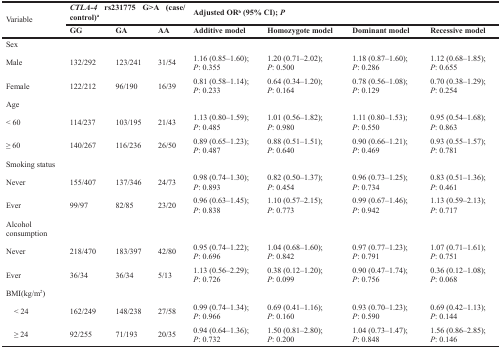
<table><thead><tr><td rowspan="2"><b>Variable</b></td><td colspan="3"><b><i>CTLA-4</i> rs231775 G&gt;A (case/control)<sup>a</sup></b></td><td colspan="4"><b>Adjusted OR<sup>b</sup> (95% CI); <i>P</i></b></td></tr><tr><td><b>GG</b></td><td><b>GA</b></td><td><b>AA</b></td><td><b>Additive model</b></td><td><b>Homozygote model</b></td><td><b>Dominant model</b></td><td><b>Recessive model</b></td></tr></thead><tbody><tr><td>Sex</td><td>[EMPTY_CELL]</td><td>[EMPTY_CELL]</td><td>[EMPTY_CELL]</td><td>[EMPTY_CELL]</td><td>[EMPTY_CELL]</td><td>[EMPTY_CELL]</td><td>[EMPTY_CELL]</td></tr><tr><td>Male</td><td>132/292</td><td>123/241</td><td>31/54</td><td>1.16 (0.85–1.60); <i>P</i>: 0.355</td><td>1.20 (0.71–2.02); <i>P</i>: 0.500</td><td>1.18 (0.87–1.60); <i>P</i>: 0.286</td><td>1.12 (0.68–1.85); <i>P</i>: 0.655</td></tr><tr><td>Female</td><td>122/212</td><td>96/190</td><td>16/39</td><td>0.81 (0.58–1.14); <i>P</i>: 0.233</td><td>0.64 (0.34–1.20); <i>P</i>: 0.164</td><td>0.78 (0.56–1.08); <i>P</i>: 0.129</td><td>0.70 (0.38–1.29); <i>P</i>: 0.254</td></tr><tr><td>Age</td><td>[EMPTY_CELL]</td><td>[EMPTY_CELL]</td><td>[EMPTY_CELL]</td><td>[EMPTY_CELL]</td><td>[EMPTY_CELL]</td><td>[EMPTY_CELL]</td><td>[EMPTY_CELL]</td></tr><tr><td>&lt; 60</td><td>114/237</td><td>103/195</td><td>21/43</td><td>1.13 (0.80–1.59); <i>P</i>: 0.485</td><td>1.01 (0.56–1.82); <i>P</i>: 0.980</td><td>1.11 (0.80–1.53); <i>P</i>: 0.550</td><td>0.95 (0.54–1.68); <i>P</i>: 0.863</td></tr><tr><td>≥ 60</td><td>140/267</td><td>116/236</td><td>26/50</td><td>0.89 (0.65–1.23); <i>P</i>: 0.487</td><td>0.88 (0.51–1.51); <i>P</i>: 0.640</td><td>0.90 (0.66–1.21); <i>P</i>: 0.469</td><td>0.93 (0.55–1.57); <i>P</i>: 0.781</td></tr><tr><td>Smoking status</td><td>[EMPTY_CELL]</td><td>[EMPTY_CELL]</td><td>[EMPTY_CELL]</td><td>[EMPTY_CELL]</td><td>[EMPTY_CELL]</td><td>[EMPTY_CELL]</td><td>[EMPTY_CELL]</td></tr><tr><td>Never</td><td>155/407</td><td>137/346</td><td>24/73</td><td>0.98 (0.74–1.30); <i>P</i>: 0.893</td><td>0.82 (0.50–1.37); <i>P</i>: 0.454</td><td>0.96 (0.73–1.25); <i>P</i>: 0.734</td><td>0.83 (0.51–1.36); <i>P</i>: 0.461</td></tr><tr><td>Ever</td><td>99/97</td><td>82/85</td><td>23/20</td><td>0.96 (0.63–1.45); <i>P</i>: 0.838</td><td>1.10 (0.57–2.15); <i>P</i>: 0.773</td><td>0.99 (0.67–1.46); <i>P</i>: 0.942</td><td>1.13 (0.59–2.13); <i>P</i>: 0.717</td></tr><tr><td>Alcohol consumption</td><td>[EMPTY_CELL]</td><td>[EMPTY_CELL]</td><td>[EMPTY_CELL]</td><td>[EMPTY_CELL]</td><td>[EMPTY_CELL]</td><td>[EMPTY_CELL]</td><td>[EMPTY_CELL]</td></tr><tr><td>Never</td><td>218/470</td><td>183/397</td><td>42/80</td><td>0.95 (0.74–1.22); <i>P</i>: 0.696</td><td>1.04 (0.68–1.60); <i>P</i>: 0.842</td><td>0.97 (0.77–1.23); <i>P</i>: 0.791</td><td>1.07 (0.71–1.61); <i>P</i>: 0.751</td></tr><tr><td>Ever</td><td>36/34</td><td>36/34</td><td>5/13</td><td>1.13 (0.56–2.29); <i>P</i>: 0.726</td><td>0.38 (0.12–1.20); <i>P</i>: 0.099</td><td>0.90 (0.47–1.74); <i>P</i>: 0.756</td><td>0.36 (0.12–1.08); <i>P</i>: 0.068</td></tr><tr><td>BMI(kg/m<sup>2</sup>)</td><td>[EMPTY_CELL]</td><td>[EMPTY_CELL]</td><td>[EMPTY_CELL]</td><td>[EMPTY_CELL]</td><td>[EMPTY_CELL]</td><td>[EMPTY_CELL]</td><td>[EMPTY_CELL]</td></tr><tr><td> &lt; 24</td><td>162/249</td><td>148/238</td><td>27/58</td><td>0.99 (0.74–1.34); <i>P</i>: 0.966</td><td>0.69 (0.41–1.16); <i>P</i>: 0.160</td><td>0.93 (0.70–1.23); <i>P</i>: 0.590</td><td>0.69 (0.42–1.13); <i>P</i>: 0.144</td></tr><tr><td> ≥ 24</td><td>92/255</td><td>71/193</td><td>20/35</td><td>0.94 (0.64–1.36); <i>P</i>: 0.732</td><td>1.50 (0.81–2.80); <i>P</i>: 0.200</td><td>1.04 (0.73–1.47); <i>P</i>: 0.848</td><td>1.56 (0.86–2.85); <i>P</i>: 0.146</td></tr></tbody></table>